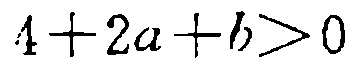
\(4 + 2a + b>0\)